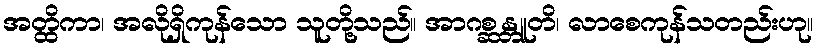
အတ္ထိကာ၊ အလိုရှိကုန်သော သူတို့သည်။ အာဂစ္ဆန္တူတိ၊ လာစေကုန်သတည်းဟု။